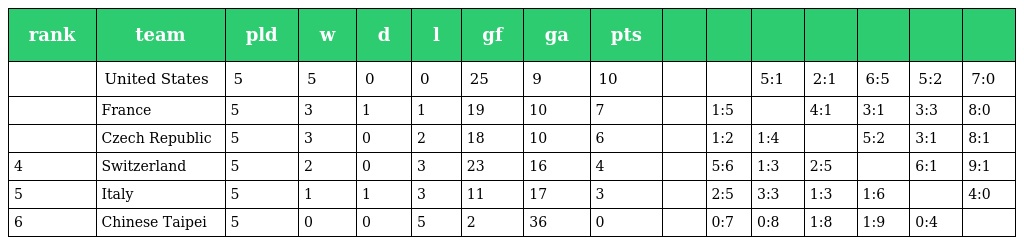
| rank | team | pld | w | d | l | gf | ga | pts |  |  |  |  |  |  |  |
 | --- | --- | --- | --- | --- | --- | --- | --- | --- | --- | --- | --- | --- | --- | --- | --- |
 |  | United States | 5 | 5 | 0 | 0 | 25 | 9 | 10 |  |  | 5:1 | 2:1 | 6:5 | 5:2 | 7:0 |
 |  | France | 5 | 3 | 1 | 1 | 19 | 10 | 7 |  | 1:5 |  | 4:1 | 3:1 | 3:3 | 8:0 |
 |  | Czech Republic | 5 | 3 | 0 | 2 | 18 | 10 | 6 |  | 1:2 | 1:4 |  | 5:2 | 3:1 | 8:1 |
 | 4 | Switzerland | 5 | 2 | 0 | 3 | 23 | 16 | 4 |  | 5:6 | 1:3 | 2:5 |  | 6:1 | 9:1 |
 | 5 | Italy | 5 | 1 | 1 | 3 | 11 | 17 | 3 |  | 2:5 | 3:3 | 1:3 | 1:6 |  | 4:0 |
 | 6 | Chinese Taipei | 5 | 0 | 0 | 5 | 2 | 36 | 0 |  | 0:7 | 0:8 | 1:8 | 1:9 | 0:4 |  |